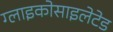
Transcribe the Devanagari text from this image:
ग्लाइकोसाइलेटेड